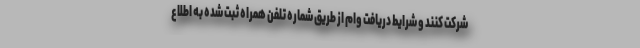
شرکت کنند و شرایط دریافت وام از طریق شماره تلفن همراه ثبت شده به اطلاع